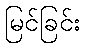
မြင်ခြင်း